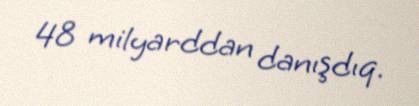
48 milyarddan danışdıq.